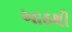
આઠથી